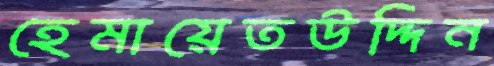
হেমায়েতউদ্দিন